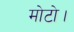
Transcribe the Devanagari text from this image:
मोटो।